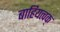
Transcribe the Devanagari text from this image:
बाहियत्वक्‌